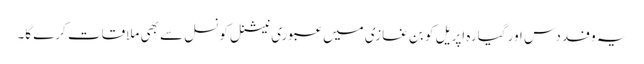
یہ وفد دس اور گیارہ اپریل کو بن غازی میں عبوری نیشنل کونسل سے بھی ملاقات کرے گا۔